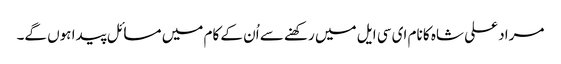
مراد علی شاہ کا نام ای سی ایل میں رکھنے سے اُن کے کام میں مسائل پیدا ہوں گے۔